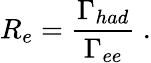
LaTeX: R_{e}=\frac{\Gamma_{had}}{\Gamma_{ee}}\ .